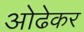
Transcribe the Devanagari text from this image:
ओढेकर